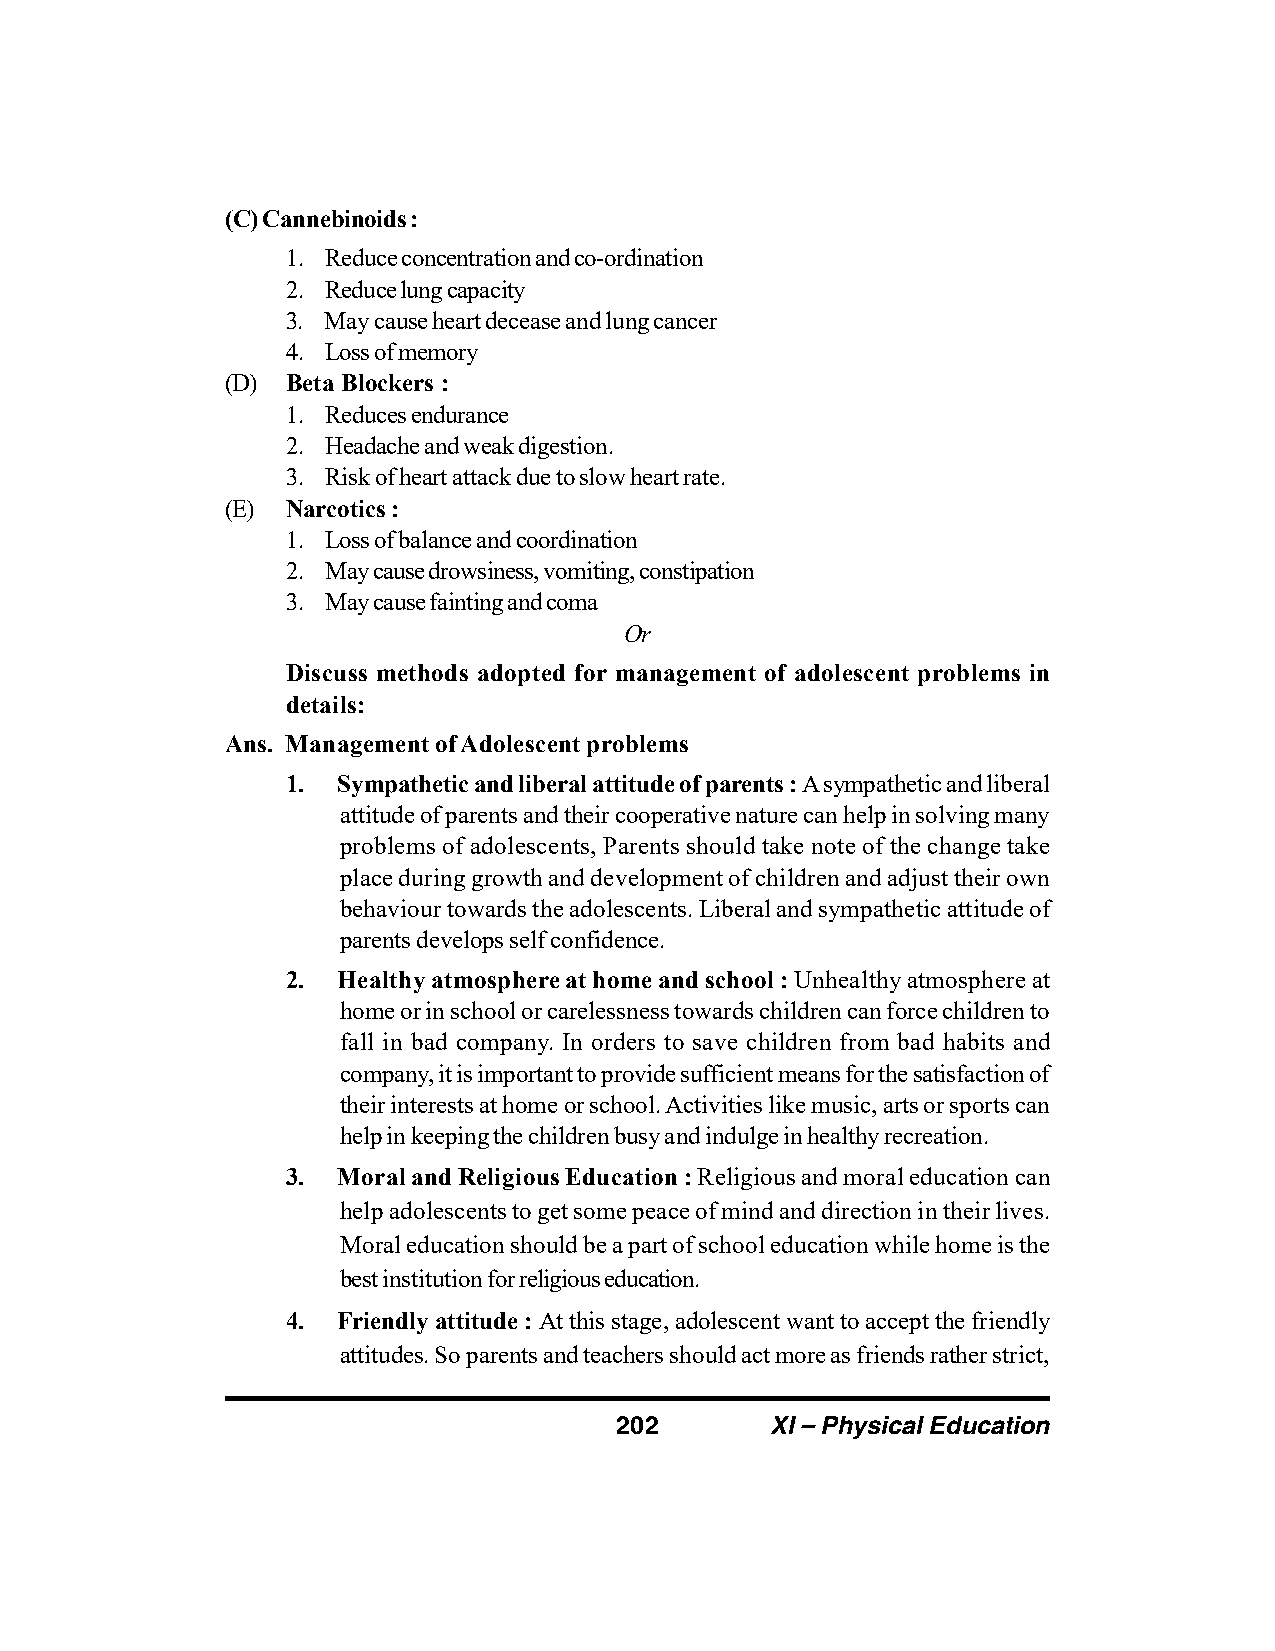
(C) Cannebinoids :
 1. Reduce concentration and co-ordination
 2. Reduce lung capacity
 3. May cause heart decease and lung cancer
 4. Loss of memory
 (D) Beta Blockers :
 1. Reduces endurance
 2. Headache and weak digestion.
 3. Risk of heart attack due to slow heart rate.
 (E) Narcotics :
 1. Loss of balance and coordination
 2. May cause drowsiness, vomiting, constipation
 3. May cause fainting and coma
 Or
 Discuss methods adopted for management of adolescent problems in
 details:
 Ans. Management of Adolescent problems
 1. Sympathetic and liberal attitude of parents : A sympathetic and liberal
 attitude of parents and their cooperative nature can help in solving many
 problems of adolescents, Parents should take note of the change take
 place during growth and development of children and adjust their own
 behaviour towards the adolescents. Liberal and sympathetic attitude of
 parents develops self confidence.
 2. Healthy atmosphere at home and school : Unhealthy atmosphere at
 home or in school or carelessness towards children can force children to
 fall in bad company. In orders to save children from bad habits and
 company, it is important to provide sufficient means for the satisfaction of
 their interests at home or school. Activities like music, arts or sports can
 help in keeping the children busy and indulge in healthy recreation.
 3. Moral and Religious Education : Religious and moral education can
 help adolescents to get some peace of mind and direction in their lives.
 Moral education should be a part of school education while home is the
 best institution for religious education.
 4. Friendly attitude : At this stage, adolescent want to accept the friendly
 attitudes. So parents and teachers should act more as friends rather strict,
 202       XI – Physical Education